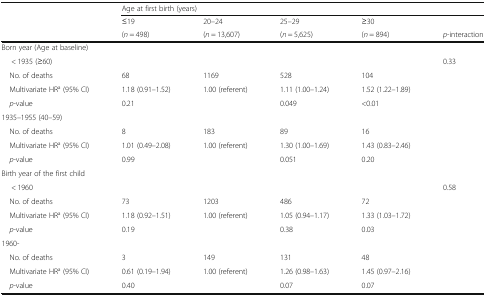
<table><thead><tr><td></td><td colspan="5"><b>Age at first birth (years)</b></td></tr><tr><td></td><td><b>≤19</b></td><td><b>20–24</b></td><td><b>25–29</b></td><td><b>≥30</b></td><td></td></tr><tr><td></td><td><b>(<i>n</i> = 498)</b></td><td><b>(<i>n</i> = 13,607)</b></td><td><b>(<i>n</i> = 5,625)</b></td><td><b>(<i>n</i> = 894)</b></td><td><b><i>p</i>-interaction</b></td></tr></thead><tbody><tr><td colspan="6">Born year (Age at baseline)</td></tr><tr><td>&lt; 1935 (≥60)</td><td></td><td></td><td></td><td></td><td rowspan="8">0.33</td></tr><tr><td> No. of deaths</td><td>68</td><td>1169</td><td>528</td><td>104</td></tr><tr><td> Multivariate HR<sup>a</sup> (95% CI)</td><td>1.18 (0.91–1.52)</td><td>1.00 (referent)</td><td>1.11 (1.00–1.24)</td><td>1.52 (1.22–1.89)</td></tr><tr><td> <i>p</i>-value</td><td>0.21</td><td></td><td>0.049</td><td>&lt;0.01</td></tr><tr><td colspan="5">1935–1955 (40–59)</td></tr><tr><td> No. of deaths</td><td>8</td><td>183</td><td>89</td><td>16</td></tr><tr><td> Multivariate HR<sup>a</sup> (95% CI)</td><td>1.01 (0.49–2.08)</td><td>1.00 (referent)</td><td>1.30 (1.00–1.69)</td><td>1.43 (0.83–2.46)</td></tr><tr><td> <i>p</i>-value</td><td>0.99</td><td></td><td>0.051</td><td>0.20</td></tr><tr><td colspan="6">Birth year of the first child</td></tr><tr><td>&lt; 1960</td><td></td><td></td><td></td><td></td><td rowspan="8">0.58</td></tr><tr><td> No. of deaths</td><td>73</td><td>1203</td><td>486</td><td>72</td></tr><tr><td> Multivariate HR<sup>a</sup> (95% CI)</td><td>1.18 (0.92–1.51)</td><td>1.00 (referent)</td><td>1.05 (0.94–1.17)</td><td>1.33 (1.03–1.72)</td></tr><tr><td> <i>p</i>-value</td><td>0.19</td><td></td><td>0.38</td><td>0.03</td></tr><tr><td colspan="5">1960-</td></tr><tr><td> No. of deaths</td><td>3</td><td>149</td><td>131</td><td>48</td></tr><tr><td> Multivariate HR<sup>a</sup> (95% CI)</td><td>0.61 (0.19–1.94)</td><td>1.00 (referent)</td><td>1.26 (0.98–1.63)</td><td>1.45 (0.97–2.16)</td></tr><tr><td> <i>p</i>-value</td><td>0.40</td><td></td><td>0.07</td><td>0.07</td></tr></tbody></table>